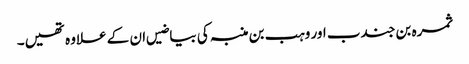
ثمرہ بن جندب اور وہب بن منبہ کی بیاضیں ان کے علاوہ تھیں۔